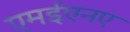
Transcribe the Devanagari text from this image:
एमईएनए